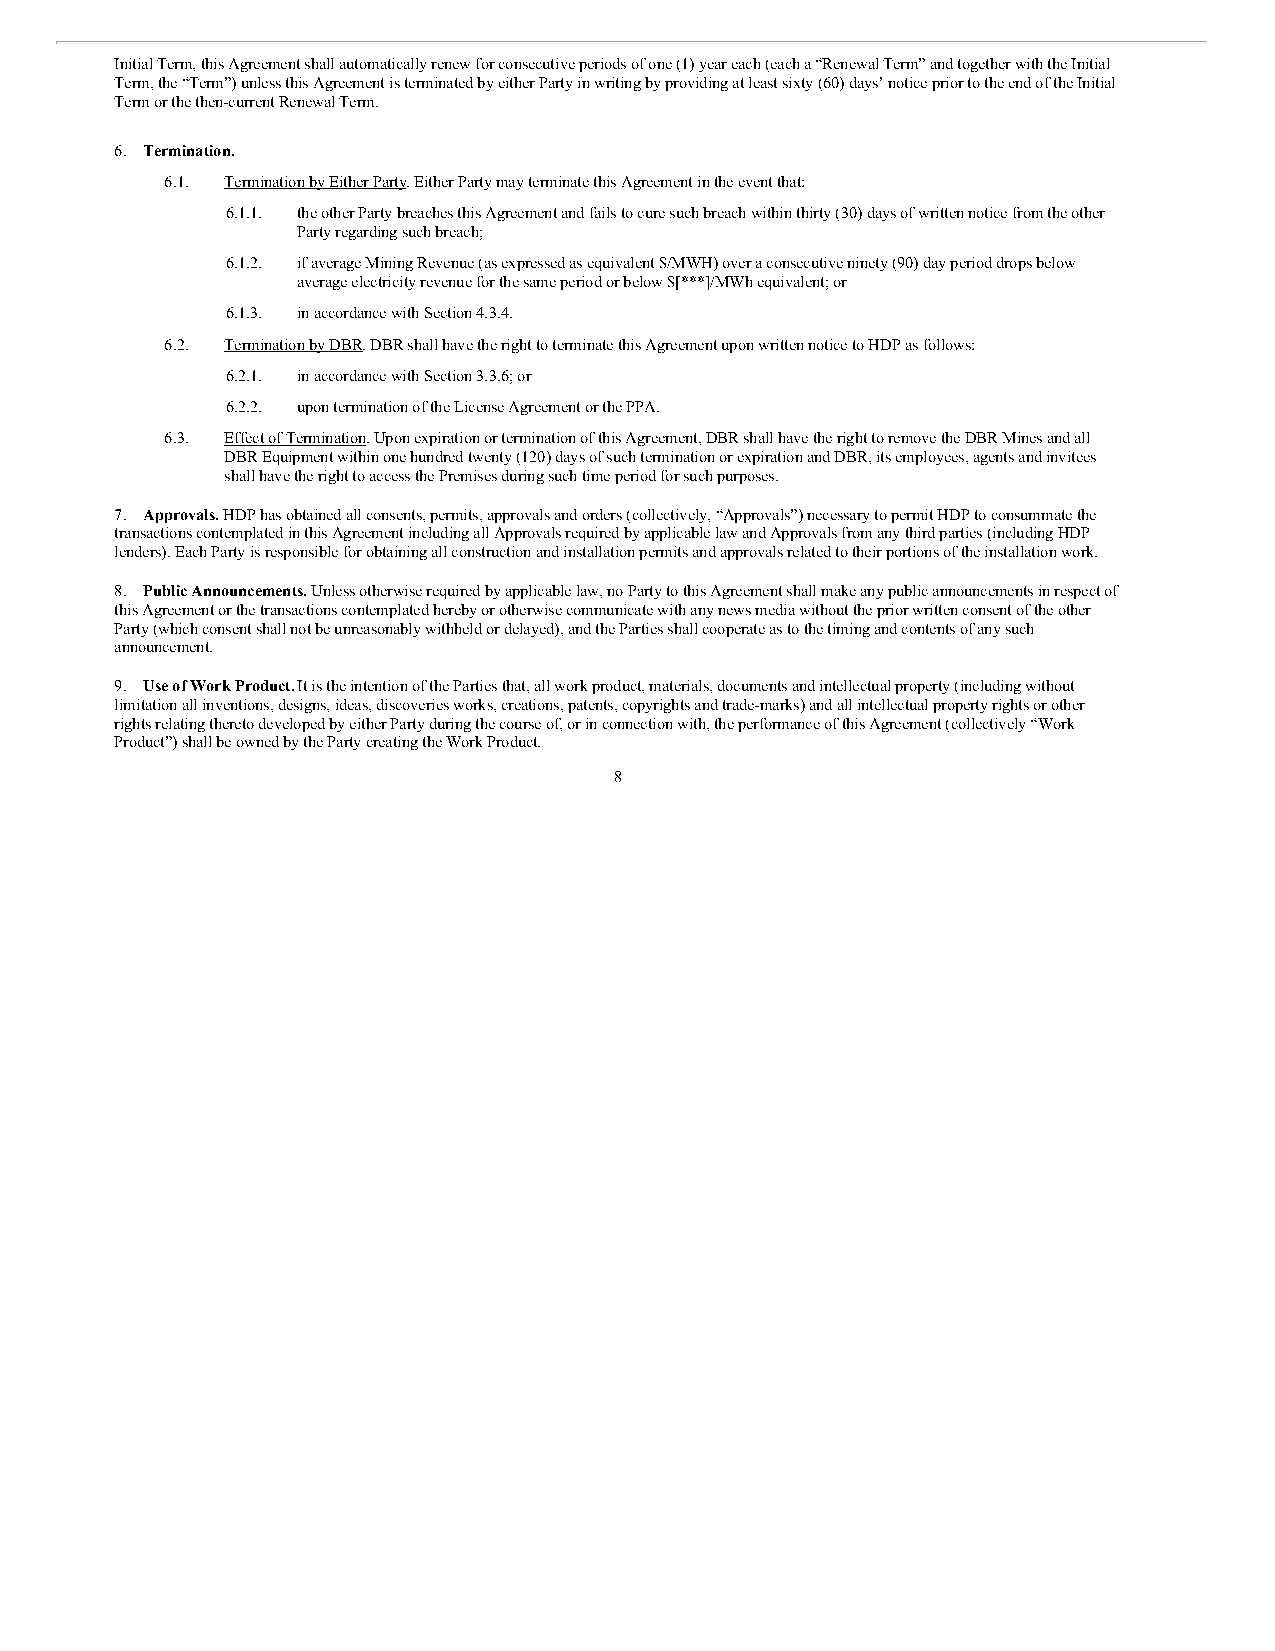
Initial Term, this Agreement shall automatically renew for consecutive periods of one (1) year each (each a “Renewal Term” and together with the Initial
 Term, the “Term”) unless this Agreement is terminated by either Party in writing by providing at least sixty (60) days’ notice prior to the end of the Initial
 Term or the then-current Renewal Term.
 6. Termination.
 6.1. Termination by Either Party. Either Party may terminate this Agreement in the event that:
 6.1.1. the other Party breaches this Agreement and fails to cure such breach within thirty (30) days of written notice from the other
 Party regarding such breach;
 6.1.2. if average Mining Revenue (as expressed as equivalent $/MWH) over a consecutive ninety (90) day period drops below
 average electricity revenue for the same period or below $[***]/MWh equivalent; or
 6.1.3. in accordance with Section 4.3.4.
 6.2. Termination by DBR. DBR shall have the right to terminate this Agreement upon written notice to HDP as follows:
 6.2.1. in accordance with Section 3.3.6; or
 6.2.2. upon termination of the License Agreement or the PPA.
 6.3. Effect of Termination. Upon expiration or termination of this Agreement, DBR shall have the right to remove the DBR Mines and all
 DBR Equipment within one hundred twenty (120) days of such termination or expiration and DBR, its employees, agents and invitees
 shall have the right to access the Premises during such time period for such purposes.
 7. Approvals. HDP has obtained all consents, permits, approvals and orders (collectively, “Approvals”) necessary to permit HDP to consummate the
 transactions contemplated in this Agreement including all Approvals required by applicable law and Approvals from any third parties (including HDP
 lenders). Each Party is responsible for obtaining all construction and installation permits and approvals related to their portions of the installation work.
 8. Public Announcements. Unless otherwise required by applicable law, no Party to this Agreement shall make any public announcements in respect of
 this Agreement or the transactions contemplated hereby or otherwise communicate with any news media without the prior written consent of the other
 Party (which consent shall not be unreasonably withheld or delayed), and the Parties shall cooperate as to the timing and contents of any such
 announcement.
 9. Use of Work Product. It is the intention of the Parties that, all work product, materials, documents and intellectual property (including without
 limitation all inventions, designs, ideas, discoveries works, creations, patents, copyrights and trade-marks) and all intellectual property rights or other
 rights relating thereto developed by either Party during the course of, or in connection with, the performance of this Agreement (collectively “Work
 Product”) shall be owned by the Party creating the Work Product.
 8